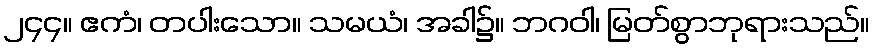
၂၄၄။ ဧကံ၊ တပါးသော။ သမယံ၊ အခါ၌။ ဘဂဝါ၊ မြတ်စွာဘုရားသည်။